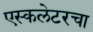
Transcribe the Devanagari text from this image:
एस्कलेटरचा